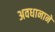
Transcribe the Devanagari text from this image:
अवधानाने